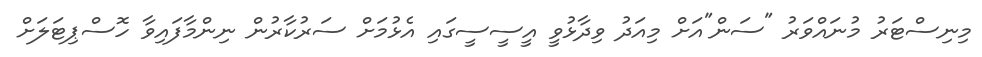
މިނިސްޓަރު މުނައްވަރު "ސަން"އަށް މިއަދު ވިދާޅުވީ އީސީސީގައި އެޅުމަށް ސަރުކާރުން ނިންމާފައިވާ ހޮސްޕިޓަލަށް